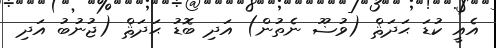
އެއީ ކުޑަ ޙަދަޘް (ވުޟޫ ނެތުން) އަދި ބޮޑު ޙަދަޘް (ޖުނުބު އަދި